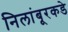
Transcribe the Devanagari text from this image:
निलांबूरकडे